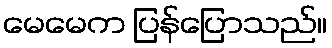
မေမေက ပြန်ပြောသည်။